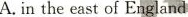
A.in the east of England